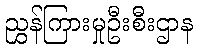
ညွှန်ကြားမှုဦးစီးဌာန